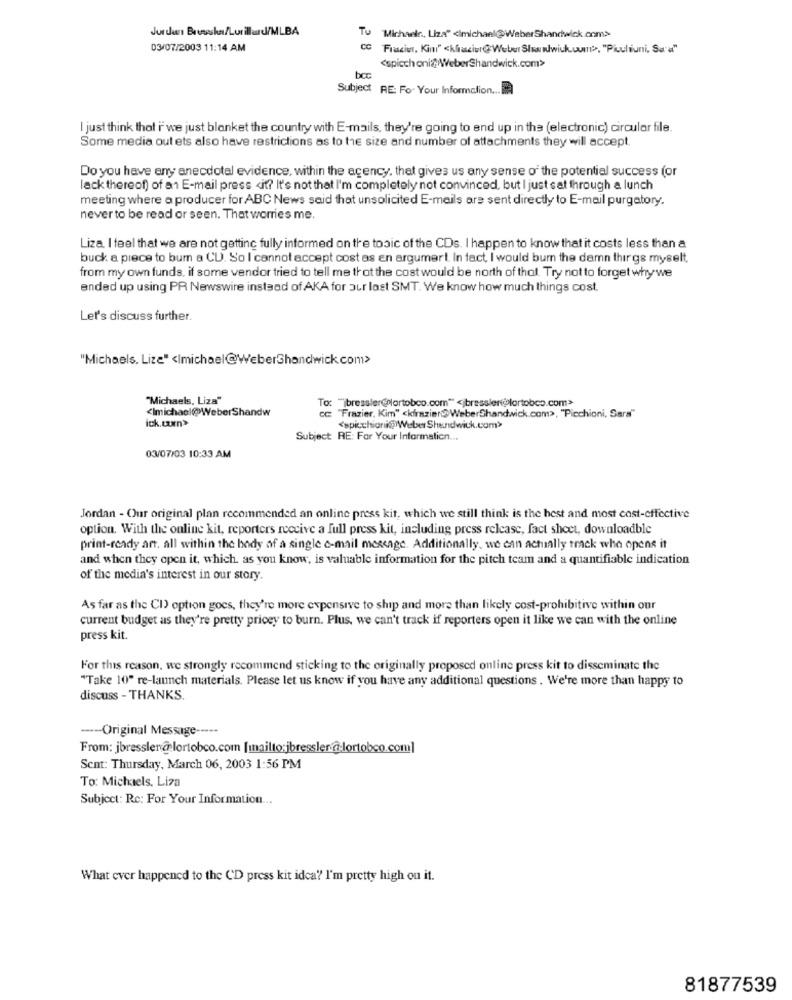
TU
"Michaelr ., Liza" <imichael@WeberShandwick.com>
03/07/2003 11:14 AM
CC
Fraciur, Kim" <kliacier@ Weber Shandwick.um", "Picchiuni, Su'a"
<spicch oni@ WeberShandwick.com>>
Subject RE: For Your Information .....
I just think that i' we just blanket the country with E-mails, they're going to end up in the (electronic) circular file.
Some media out ets also have restrictions as to the size and number of attachments they will accept.
Do you have any anecdotal evidence, within the agency, that gives us any sense of the potential success (or
lack thereof) of an E-mail press <it? It's not that I'm completely not convinced, but I just sat through a lunch
meeting where a producer for ABC News said that unsolicited E-mails are sent directly to E-mail purgatory.
never to be read or seen. That worries me.
Liza. I feel that we are not getting fully informed on the tosic of the CDs. I happen to know that it costs less than a
buck a piece to burn a CU. So I cannot accept cost as en argumert. In fact, I would burn the damn thirgs myselt,
from my own funds, if some vendor tried to tell me that the cost would be north of thol. Try not to forget whywe
ended up using PR Newswire instead of AKA for our last SMT. We know how much things cost.
Let's discuss further.
"Michaels. Lize" <Imichael@WeberShandwick.com>
"Michaels, Liza"
To: "ibressler@lortobco.com" < bressler(@lortobco.com>
<Imichacl@WeberShandw
ick.com>
C "Frazier, Kim" <kfrazier@ WeberShandwick.com>, "Picchioni, Sara"
<spicchioni@Weber Shandwick.com>
Subject: RE: For Your Information ...
03/07/03 10:33 AM
Jordan - Our original plan recommended an online press kit, which we still think is the best and most cost-effective
option. With the online kit, reporters receive a full press kit, including press release, fact sheet, downloadble
print-ready art. all within the body of a single e-mail message. Additionally, we can actually track who opens it
and when they open it, which. as you know, is valuable information for the pitch team and a quantifiable indication
of the media's interest in our story.
As far as the CI) option goes, they're more expensive to ship and more than likely cost-prohibitive within our
current budget as they're pretty pricey to burn. Plus, we can't track if reporters open it like we can with the online
press kit.
For this reason, we strongly recommend sticking to the originally proposed online press kit to disseminate the
"Take 10" re-launch materials. Please let us know if you have any additional questions . We're more than happy to
discuss - THANKS.
---- Original Message -----
From: jbressler@ lortobco.com [mailto:jbressler.@-lortobco.com]
Sent: Thursday, March 06, 2003 1:56 PM
To: Michaels. Liza
Subject: Re: For Your Information ...
What ever happened to the CD press kit idea? I'm pretty high on it.
81877539